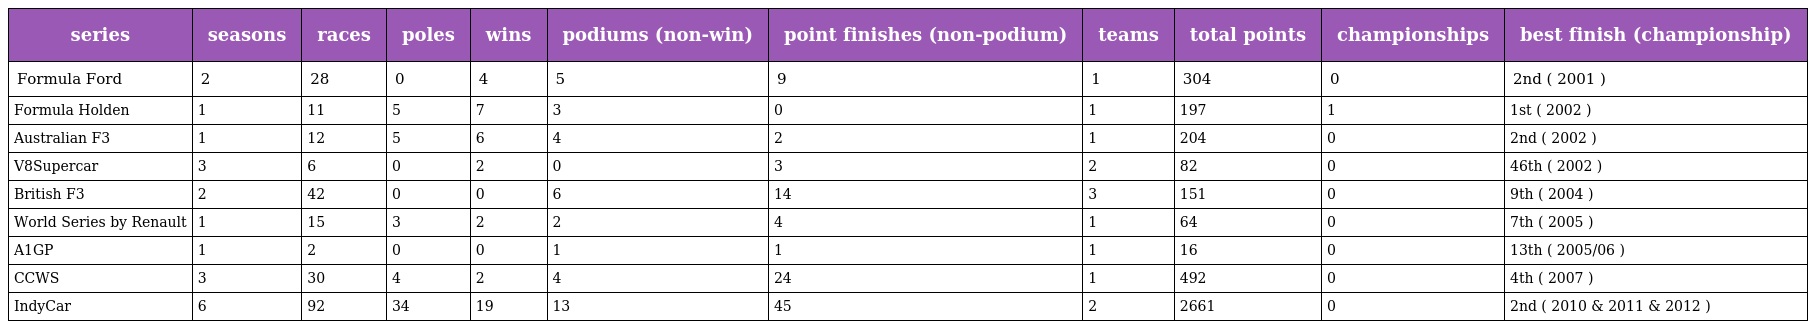
| series | seasons | races | poles | wins | podiums (non-win) | point finishes (non-podium) | teams | total points | championships | best finish (championship) |
 | --- | --- | --- | --- | --- | --- | --- | --- | --- | --- | --- |
 | Formula Ford | 2 | 28 | 0 | 4 | 5 | 9 | 1 | 304 | 0 | 2nd ( 2001 ) |
 | Formula Holden | 1 | 11 | 5 | 7 | 3 | 0 | 1 | 197 | 1 | 1st ( 2002 ) |
 | Australian F3 | 1 | 12 | 5 | 6 | 4 | 2 | 1 | 204 | 0 | 2nd ( 2002 ) |
 | V8Supercar | 3 | 6 | 0 | 2 | 0 | 3 | 2 | 82 | 0 | 46th ( 2002 ) |
 | British F3 | 2 | 42 | 0 | 0 | 6 | 14 | 3 | 151 | 0 | 9th ( 2004 ) |
 | World Series by Renault | 1 | 15 | 3 | 2 | 2 | 4 | 1 | 64 | 0 | 7th ( 2005 ) |
 | A1GP | 1 | 2 | 0 | 0 | 1 | 1 | 1 | 16 | 0 | 13th ( 2005/06 ) |
 | CCWS | 3 | 30 | 4 | 2 | 4 | 24 | 1 | 492 | 0 | 4th ( 2007 ) |
 | IndyCar | 6 | 92 | 34 | 19 | 13 | 45 | 2 | 2661 | 0 | 2nd ( 2010 & 2011 & 2012 ) |